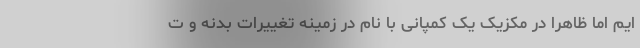
ایم اما ظاهرا در مکزیک یک کمپانی با نام در زمینه تغییرات بدنه و ت